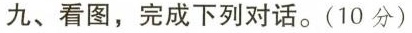
九、看图,完成下列对话.(10 分)